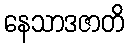
နေသာဒဇာတိ